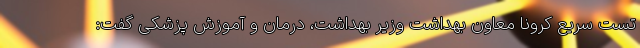
تست سریع کرونا معاون بهداشت وزیر بهداشت، درمان و آموزش پزشکی گفت: